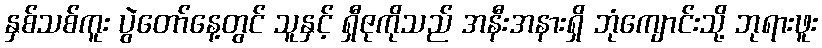
နှစ်သစ်ကူး ပွဲတော်နေ့တွင် သူနှင့် ရှီဇုကိုသည် အနီးအနားရှိ ဘုံကျောင်းသို့ ဘုရားဖူး